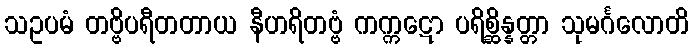
သဥပမံ တဗ္ဗိပရီတတာယ နီဟရိတဗ္ဗံ ကက္ကဋော ပရိစ္ဆိန္နတ္တာ သုမင်္ဂလောတိ